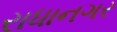
રાધાનગર